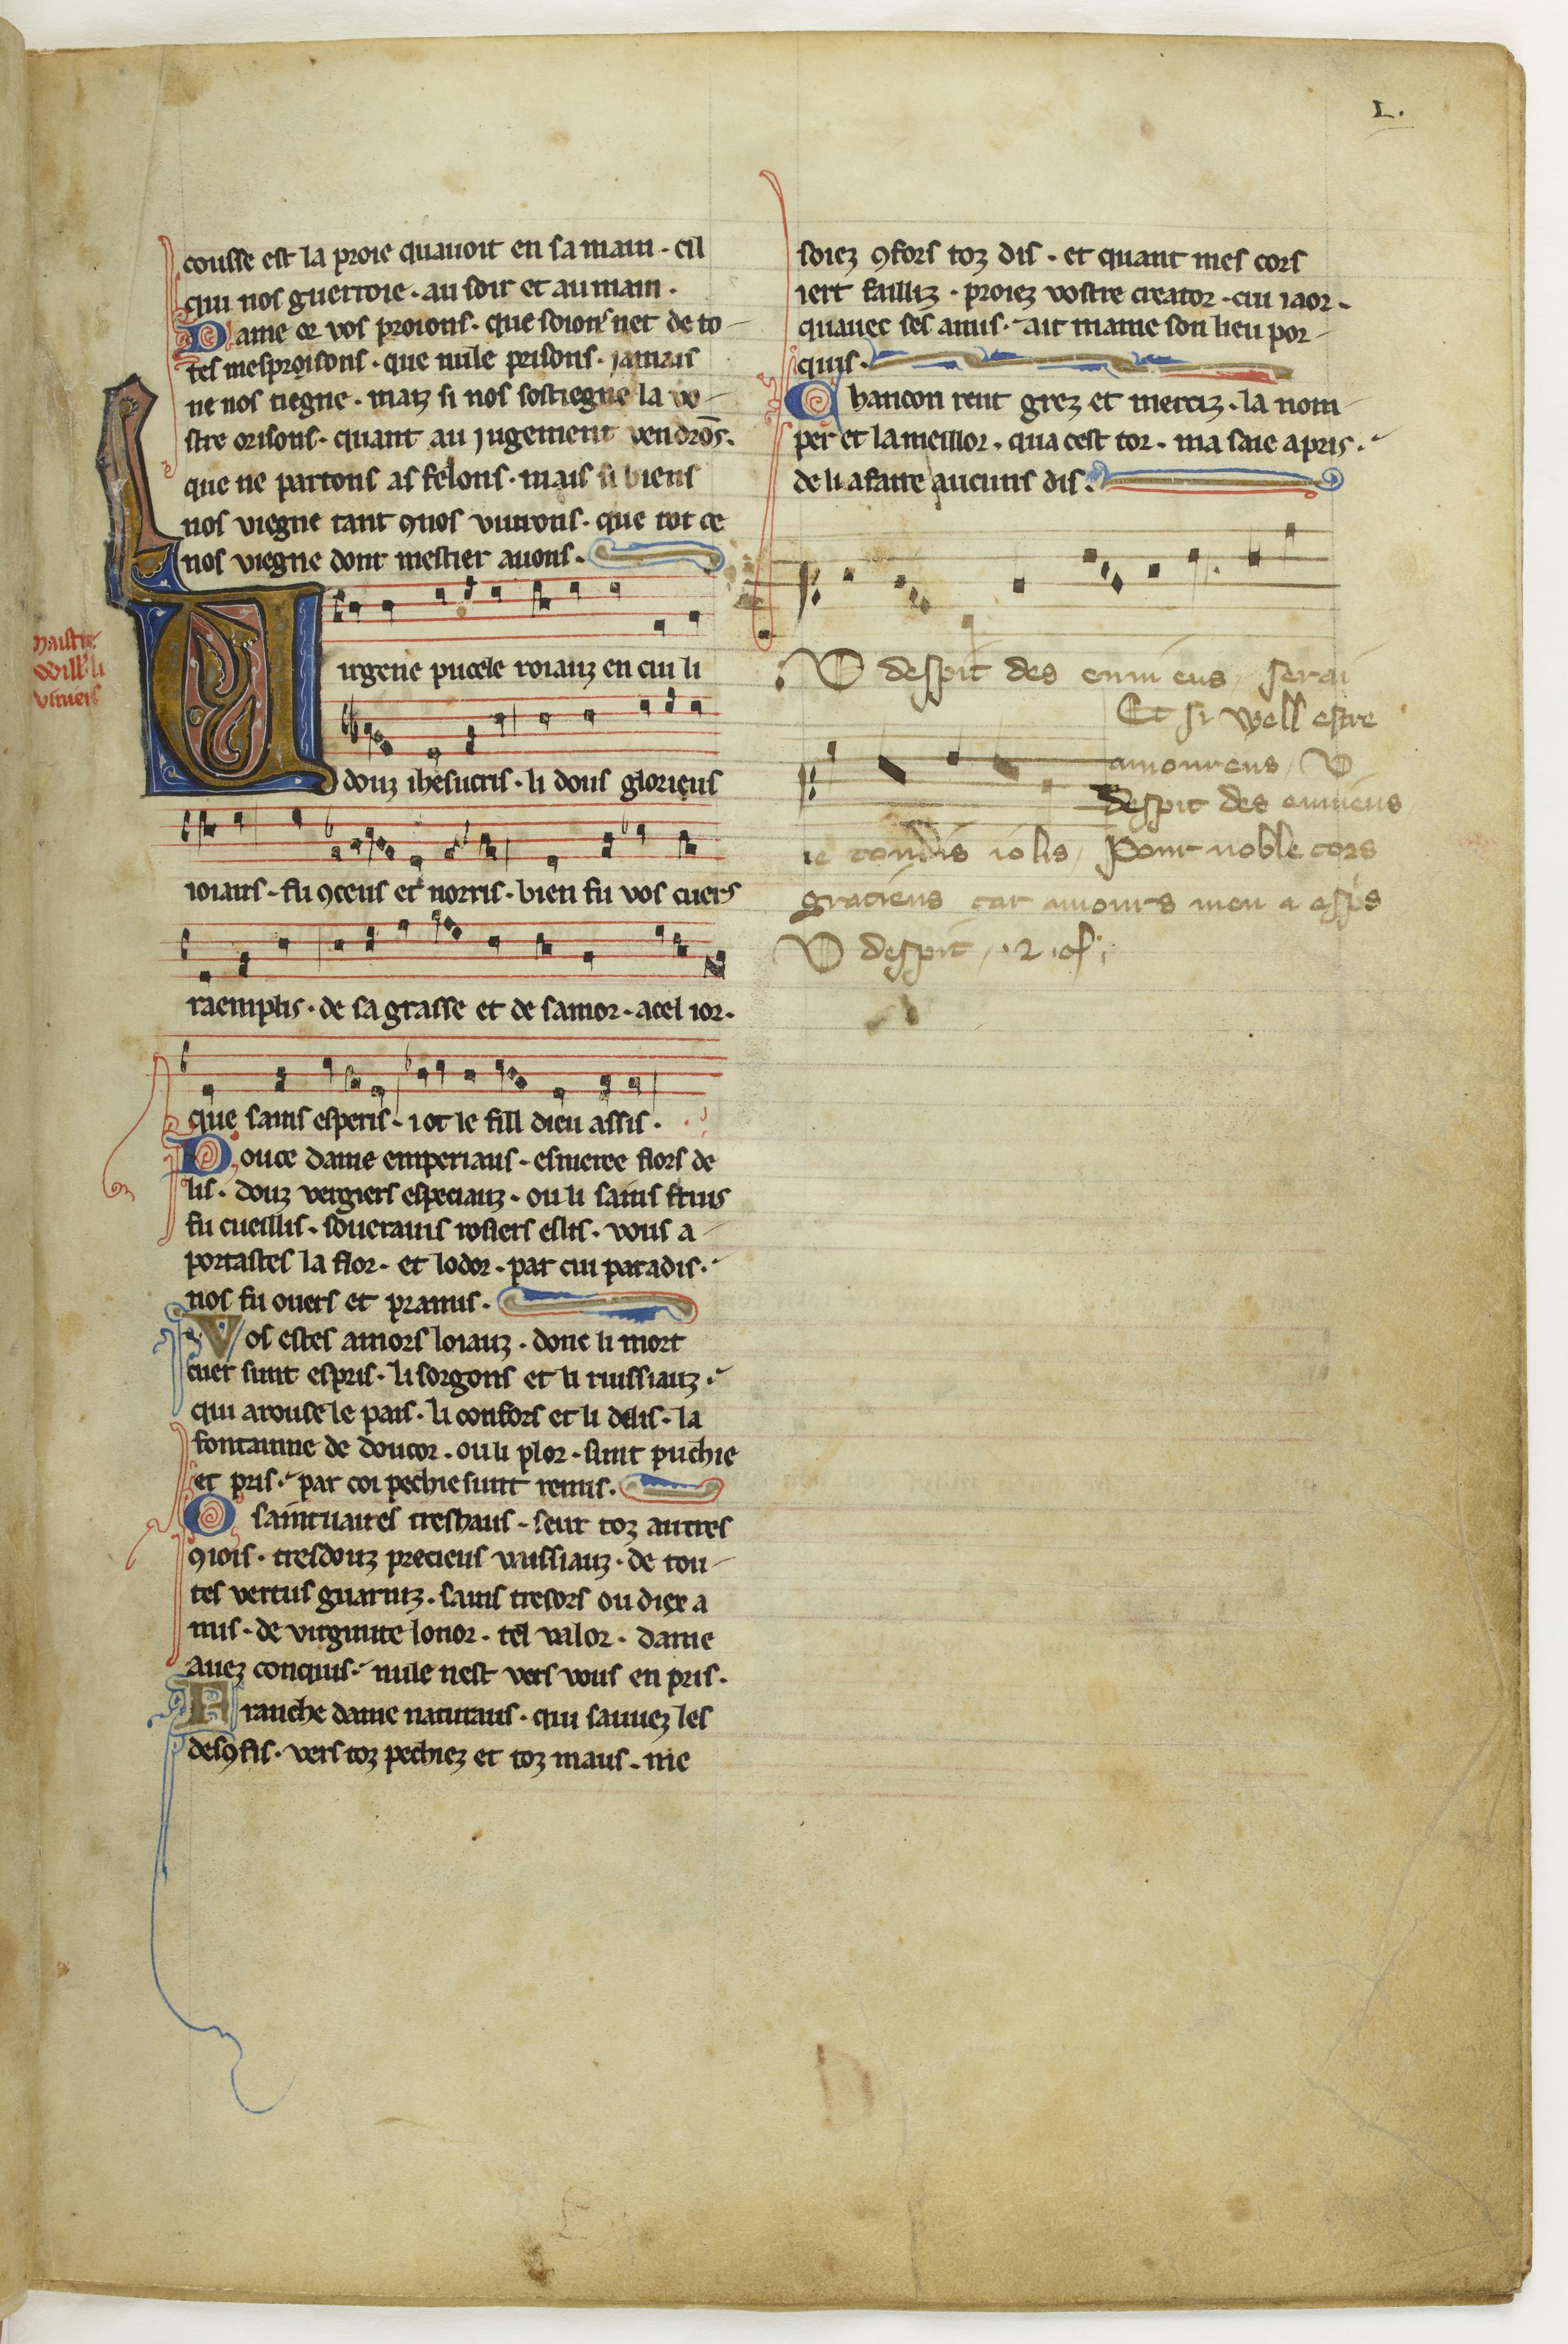
Shelfmark: Paris, BnF, fr. 844
Century: 13